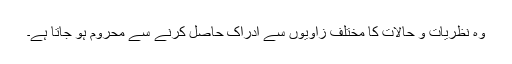
وہ نظریات و حالات کا مختلف زاویوں سے ادراک حاصل کرنے سے محروم ہو جاتا ہے۔